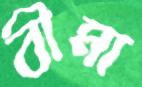
বীমা